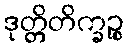
ဒုတ္တိတိက္ခဉ္စ